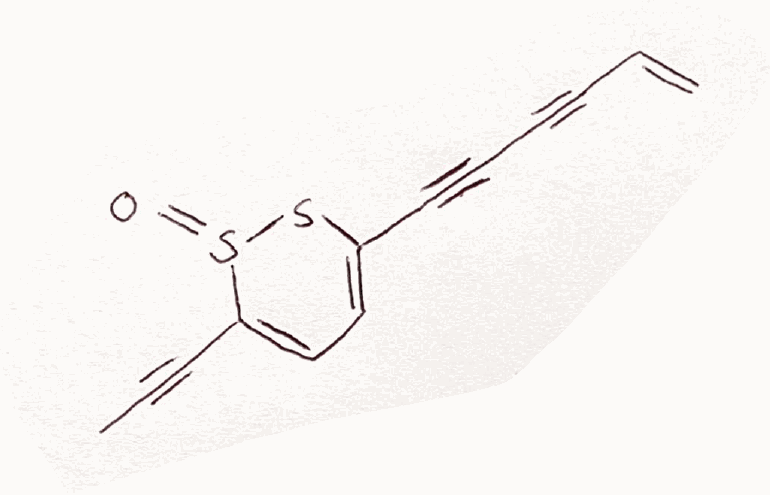
Simplified molecular-input line-entry system (SMILES) notation of the given molecule:
CC#CC1=CC=C(SS1=O)C#CC#CC=C